Regulations for the medical services of the Army of India
Year: 1930
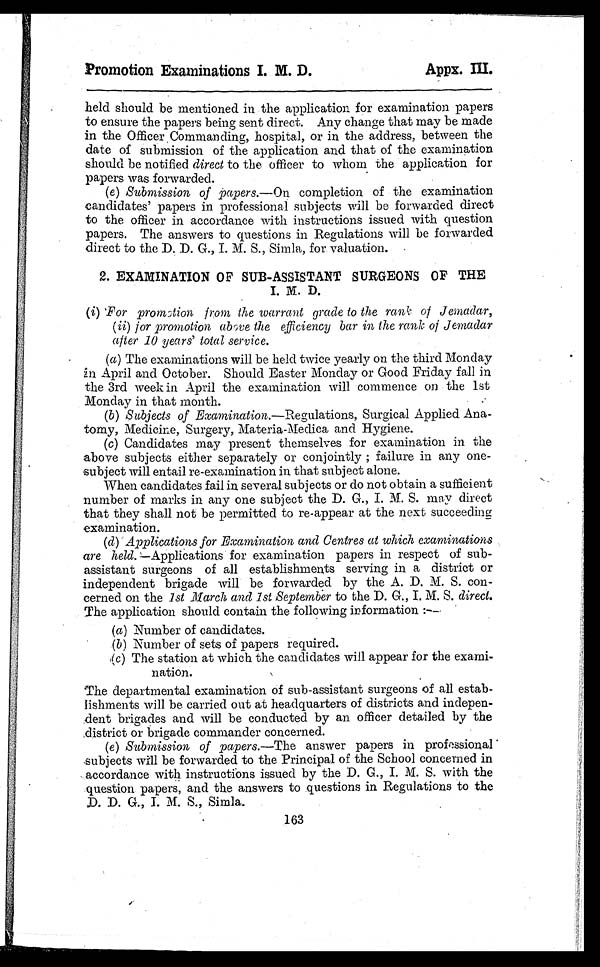
Promotion Examinations I. M. D.
Appx. III.
held should be mentioned in the application for examination papers
to ensure the papers being sent direct. Any change that may be made
in the Officer Comman ding, hospital, or in the address, between the
date of submission of the application and that of the examination
should be notified direct to the officer to whom the application for
papers was forwarded.
(e) Submission of papers.—On completion of the examination
c a n d i d a t e s ’ p a p e r s i n p r o f e s s i o n a l s u b j e c t s w i l l b e f o r w a r d e d d i r e c t
to the officer in accordance with instructions issued with question
papers. The answers to questions in Regulations will be forwarded
direct to the D. D. G., I. M. S., Simla, for valuation.
2. EXAMINATION OF SUB-ASSISTANT SURGEONS OP THE
I. M. D.
( i) For promotion from the warrant grade to the rank of Jemadar,
( ii) for promotion above the efficiency bar in the rank of Jemadar
alter 10 years’ total service.
(a) The examinations will be held twice yearly on the third Monday
in April and October. Should Easter Monday or Good Friday fall in
the 3rd week in April the examination will commence on the 1st
Monday in that month.
(b) Subjects of Examination.—Regulations, Surgical Applied Ana-
tomy, Medicine, Surgery, Materia-Medica and Hygiene.
(c) Candidates may present themselves for examination in the
above subjects either separately or conjointly ; failure in any one-
subject will entail re-examination in that subject alone.
When candidates fail in several subjects or do not obtain a sufficient
number of marks in any one subject the D. G., I. M. S. may direct
that they shall not be permitted to re-appear at the next succeeding
examination.
(d) Applications for Examination and Centres at which examinations
are held.—Applications for examination papers in respect of sub-
assistant surgeons of all establishments serving in a district or
independent brigade will be forwarded by the A. D. M. S. con-
cerned on the 1st March and 1st September to the D. G., I. M. S. direct.
The application should contain the following information :
—
(a)Number of candidates.
(b)Number of sets of papers required.
(c) The station at which the candidates will appear for the exami-
nation.
The departmental examination of sub-assistant surgeons of all estab-
lishments will be carried out at headquarters of districts and indepen-
dent brigades and will be conducted by an officer detailed by the
district or brigade commander concerned.
(e) Submission of papers.— The answer papers in professional
subjects will be forwarded to the Principal of the School concerned in
accordance with instructions issued by the D. G., I. M. S. with the
:question papers, and the answers to questions in Regulations to the
D. D. G., I. M. S., Simla.
163